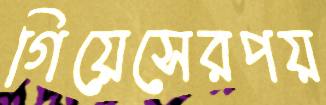
গিয়েসেরপয়